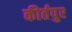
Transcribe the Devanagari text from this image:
कीर्तपुर